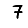
Digit: 7